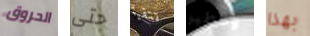
الحروق حتى تتقيأ وخطير بهذا